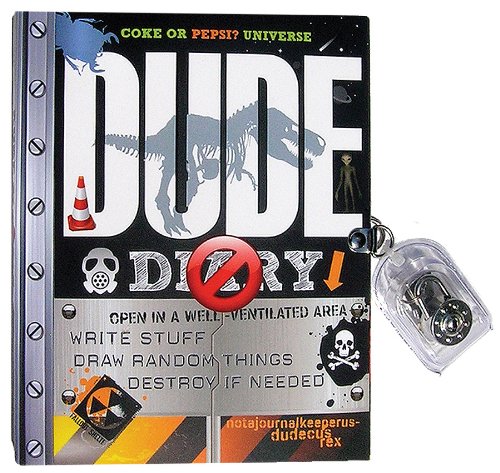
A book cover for DUDE Diary (Coke Or Pepsi? Universe); Mickey & Cheryl Gill; Children's Books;